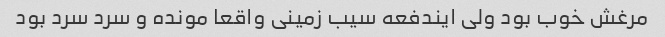
مرغش خوب بود ولی ایندفعه سیب زمینی واقعا مونده و سرد سرد بود